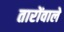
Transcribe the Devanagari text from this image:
तारोंवाले